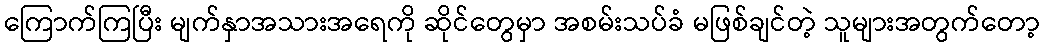
ကြောက်ကြပြီး မျက်နှာအသားအရေကို ဆိုင်တွေမှာ အစမ်းသပ်ခံ မဖြစ်ချင်တဲ့ သူများအတွက်တော့